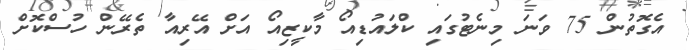
އެގޮތުން 75 ވަނަ މިނެޓުގައި ކްލައުޑިއޯ މާކީޒިއޯ އަށް އޭރިއާ ތެރޭން ހުސްކޮށް